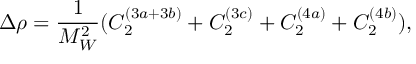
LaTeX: \Delta \rho = \frac { 1 } { M _ { W } ^ { 2 } } ( C _ { 2 } ^ { ( 3 a + 3 b ) } + C _ { 2 } ^ { ( 3 c ) } + C _ { 2 } ^ { ( 4 a ) } + C _ { 2 } ^ { ( 4 b ) } ) ,